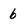
Character: 6